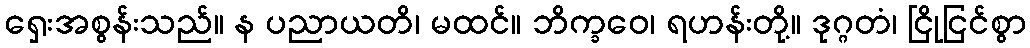
ရှေးအစွန်းသည်။ န ပညာယတိ၊ မထင်။ ဘိက္ခဝေ၊ ရဟန်းတို့။ ဒုဂ္ဂတံ၊ ငြိုငြင်စွာ